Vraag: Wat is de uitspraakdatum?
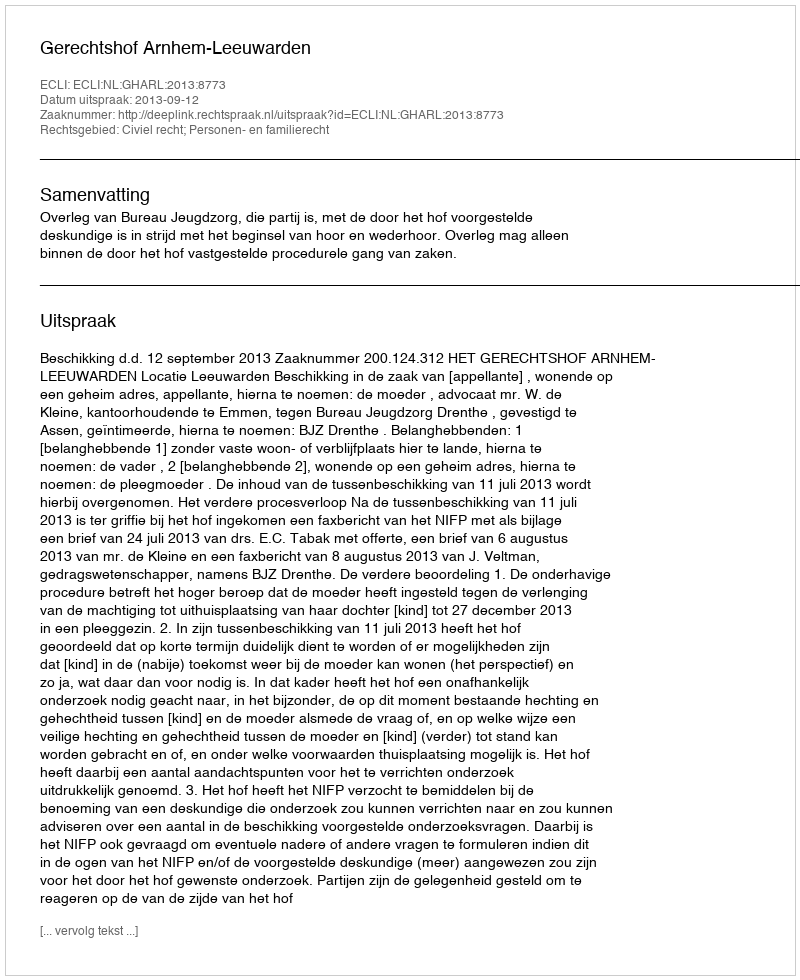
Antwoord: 2013-09-12